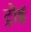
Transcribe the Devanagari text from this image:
ट्रोई